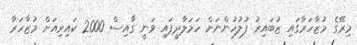
މިރޭގެ މުޒާހަރާގައި ޒުބައިރު ފުލުހުންނަށް ހަމަލާދީފައި ވަނީ ގާއިސް 2000 ކައިރިއަށް މުޒާހަރާ